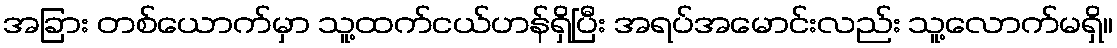
အခြား တစ်ယောက်မှာ သူ့ထက်ငယ်ဟန်ရှိပြီး အရပ်အမောင်းလည်း သူ့လောက်မရှိ။